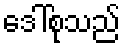
ဒေါ်စုသည်